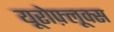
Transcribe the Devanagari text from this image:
यूरोफ़्लूक्स